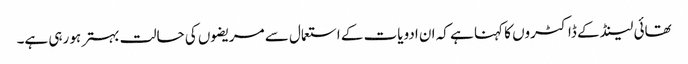
تھائی لینڈ کے ڈاکٹروں کا کہنا ہے کہ ان ادویات کے استعمال سے مریضوں کی حالت بہتر ہو رہی ہے۔